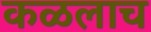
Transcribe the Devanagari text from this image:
कळलाच